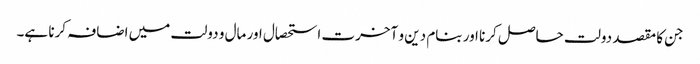
جن کا مقصد دولت حاصل کرنا اور بنام دین و آخرت استحصال اور مال و دولت میں اضافہ کرنا ہے۔